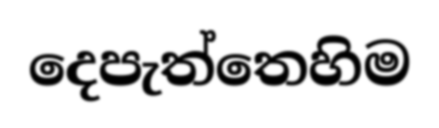
දෙපැත්තෙහිම